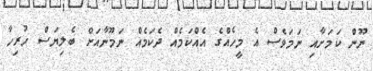
ނޫން ކަމަށާއި ނަމަވެސް އެ މީހެއްގެ އެއްކަމެއް ދެކަމެއް ނަމޫނާއަށް ބެލިޔަސް ހުރިހާ